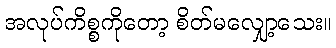
အလုပ်ကိစ္စကိုတော့ စိတ်မလျှော့သေး။